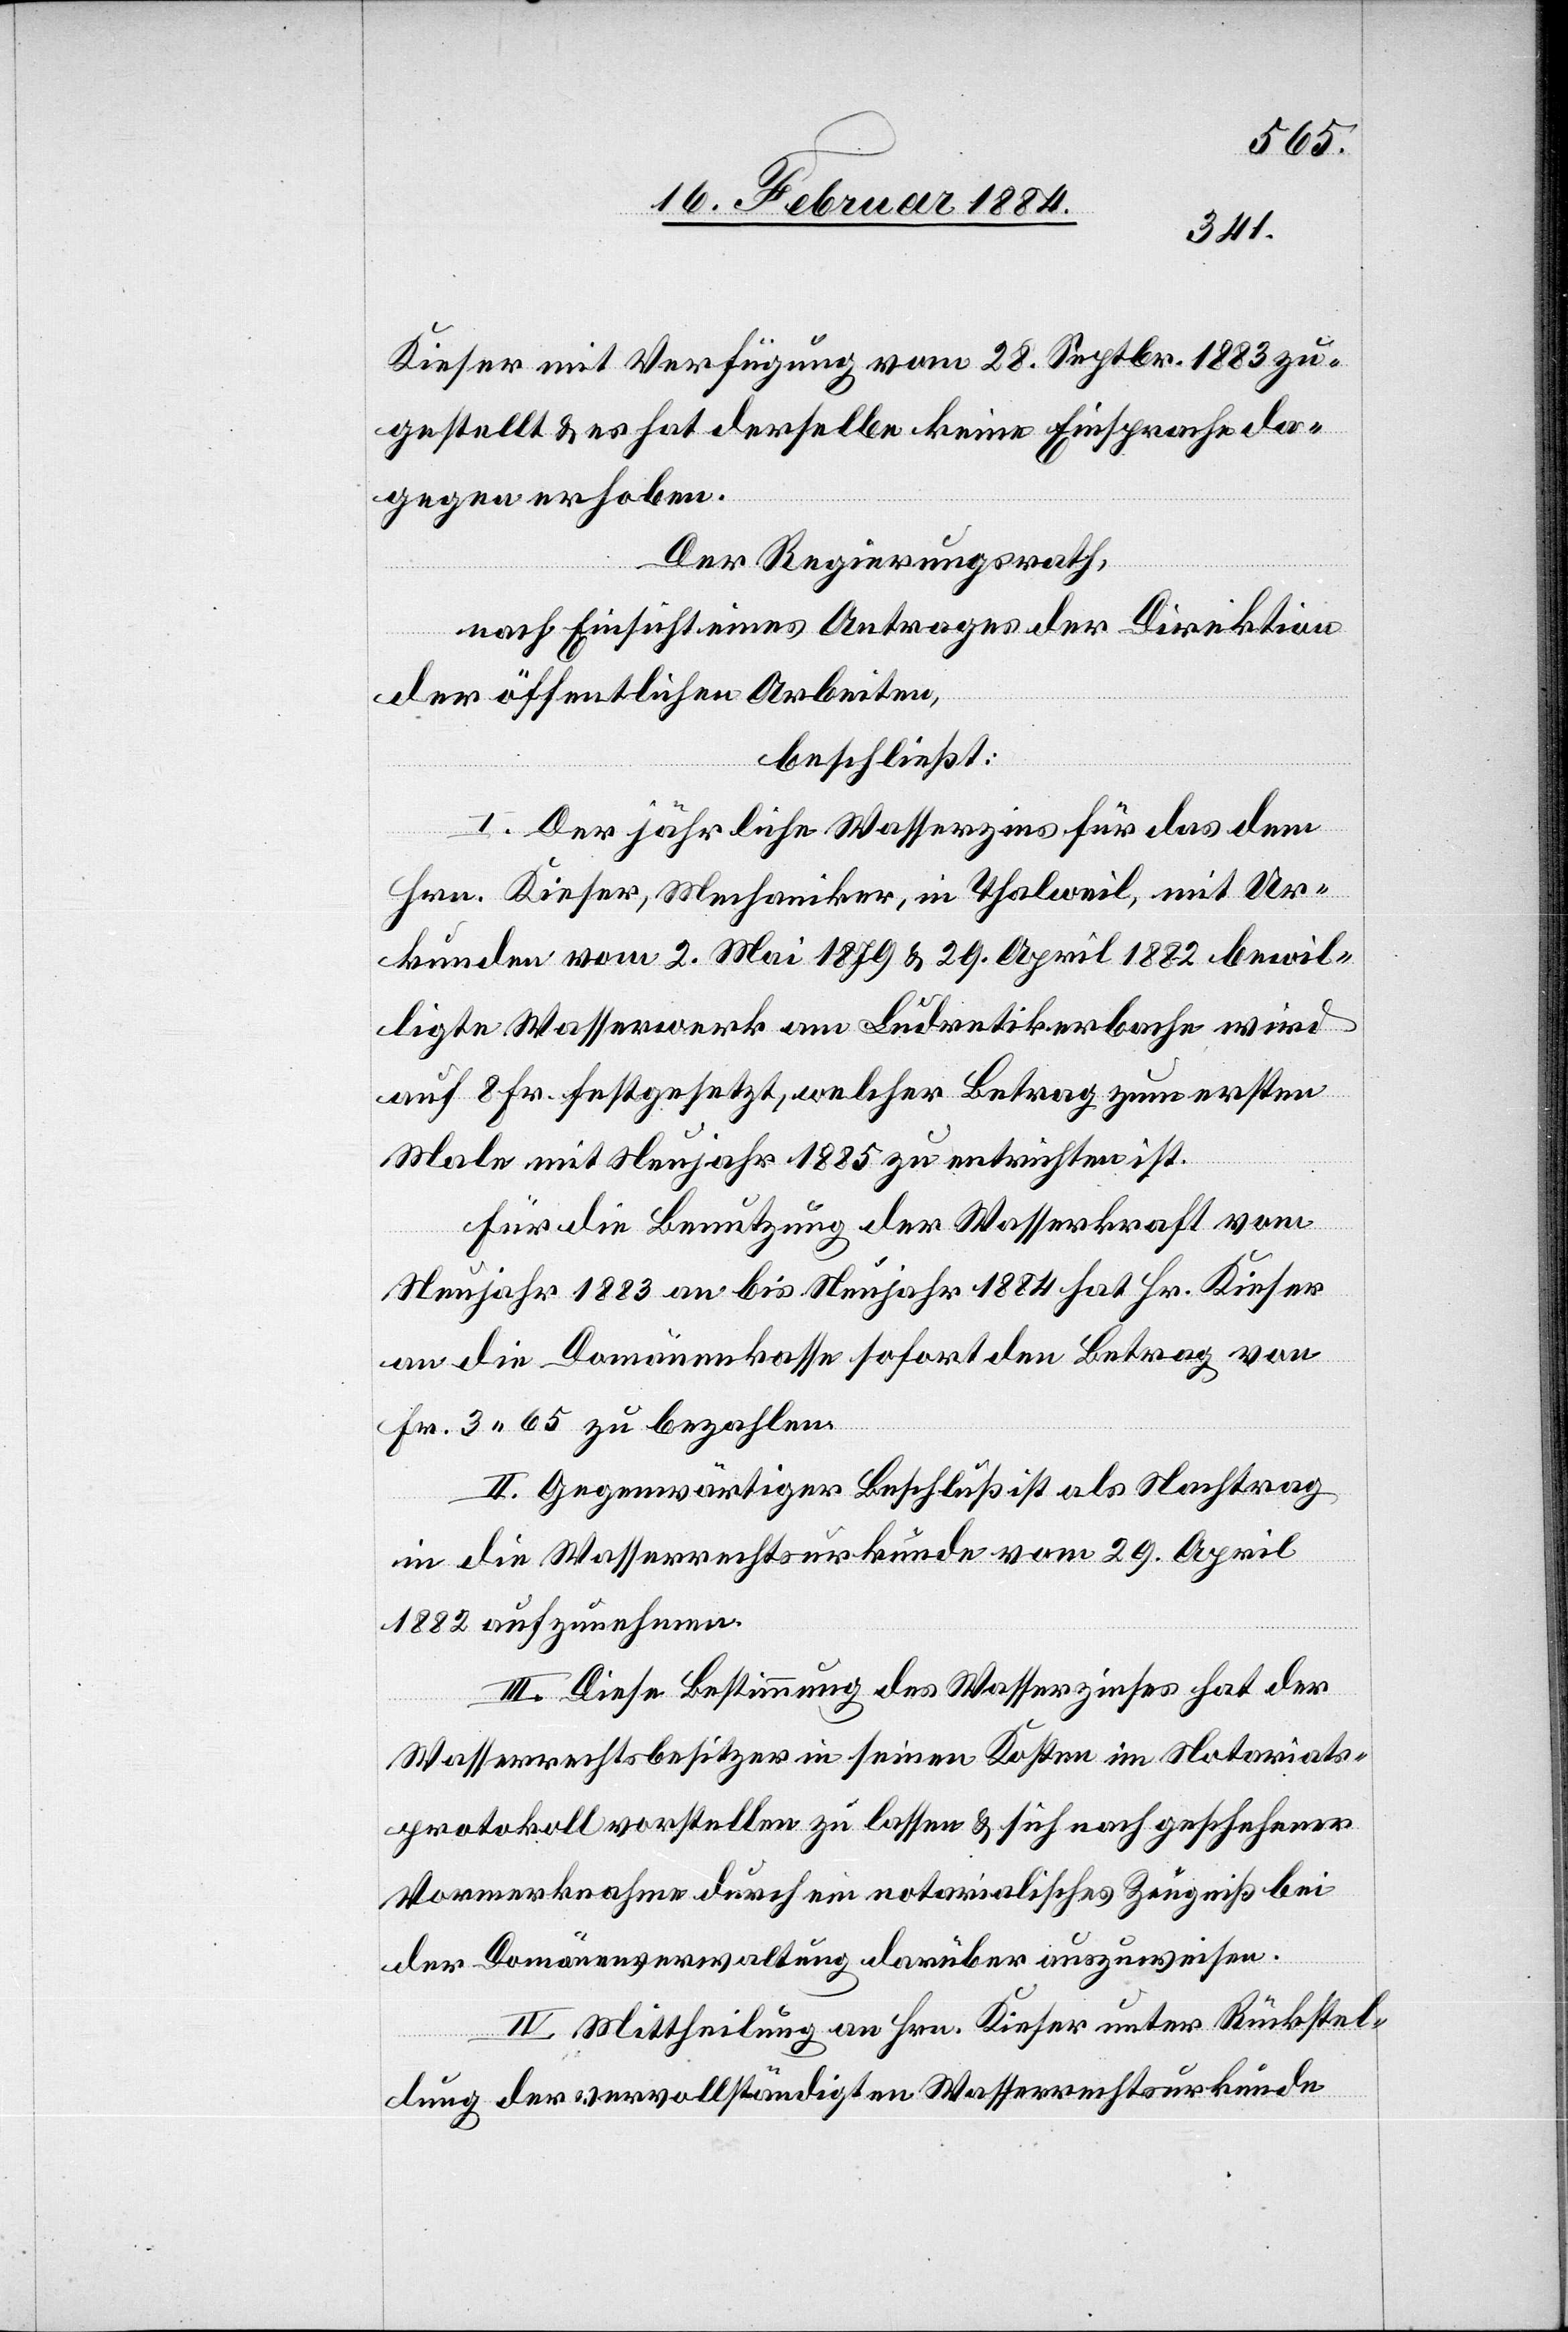
Kieser mit Verfügung vom 28. Septbr. 1883 zu¬
gestellt & es hat derselbe keine Einsprachen da¬
gegen erhoben.
Der Regierungsrath,
nach Einsicht eines Antrages der Direktion
der öffentlichen Arbeiten,
beschließt:
I. Der jährliche Wasserzins für das dem
Hrn. Kieser, Mechaniker, in Thalweil, mit Ur¬
kunden vom 2. Mai 1879 & 29. April 1882 bewil¬
ligte Wasserwerk am Ludretikerbache wird
auf 8 Fr. festgesetzt, welcher Betrag zum ersten
Male mit Neujahr 1885 zu entrichten ist.
Für die Benutzung der Wasserkraft vom
Neujahr 1883 an bis Neujahr 1884 hat Hr. Kieser
an die Domänenkasse sofort den Betrag von
Fr. 3 65 zu bezahlen.
II. Gegenwärtiger Beschluß ist als Nachtrag
in die Wasserrechtsurkunde vom 29. April
1882 aufzunehmen.
III. Diese Bestimmung des Wasserzinses hat der
Wasserrechtsbesitzer in seinen Kosten im Notariats¬
protokoll vorstellen zu lassen & sich nach geschehener
Vormerknahme durch ein notarialisches Zeugniß bei
der Domänenverwaltung darüber auszuweisen.
IV. Mittheilung an Hrn. Kieser unter Rückstel¬
lung der vervollständigten Wasserrechtsurkunde